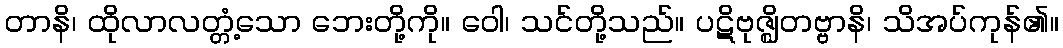
တာနိ၊ ထိုလာလတ္တံ့သော ဘေးတို့ကို။ ဝေါ၊ သင်တို့သည်။ ပဋိဗုဇ္ဈိတဗ္ဗာနိ၊ သိအပ်ကုန်၏။